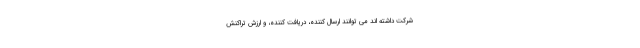
شرکت داشته اند می توانند ارسال کننده، دریافت کننده، و ارزش تراکنش